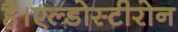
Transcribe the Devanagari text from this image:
है।एल्डोस्टीरोन